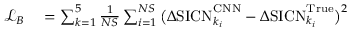
\begin{array} { r l } { \mathcal { L } _ { B } } & { { } = \sum _ { k = 1 } ^ { 5 } \frac { 1 } { N S } \sum _ { i = 1 } ^ { N S } \big ( \Delta \mathrm { S I C N } _ { k _ { i } } ^ { \mathrm { C N N } } - \Delta \mathrm { S I C N } _ { k _ { i } } ^ { \mathrm { T r u e } } \big ) ^ { 2 } } \end{array}